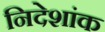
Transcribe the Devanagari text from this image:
निदेशांक